Proceedings of the meeting of veterinary officers in India
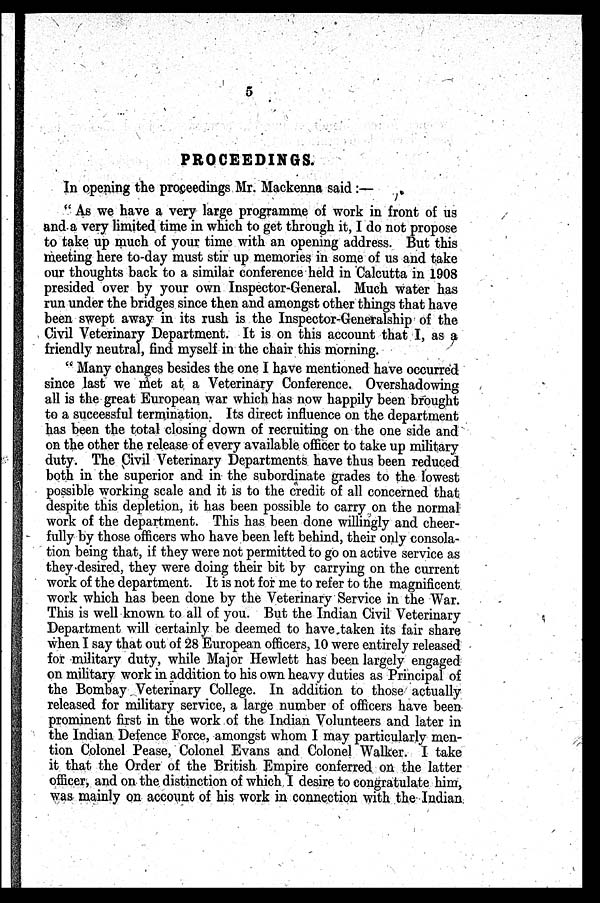
5
PROCEEDINGS.
In opening the proceedings Mr. Mackenna said :—
" As we have a very large programme of work in front of us
and a very limited time in which to get through it, I do not propose
to take up much of your time with an opening address. But this
meeting here to-day must stir up memories in some of us and take
our thoughts back to a similar conference held in Calcutta in 1908
presided over by your own Inspector-General. Much water has
run under the bridges since then and amongst other things that have
been swept away in its rush is the Inspector-Generalship of the
Civil Veterinary Department. It is on this account that I, as a
friendly neutral, find myself in the chair this morning.
" Many changes besides the one I have mentioned have occurred
since last we met at a Veterinary Conference. Overshadowing
all is the great European war which has now happily been brought
to a successful termination. Its direct influence on the department
has been the total closing down of recruiting on the one side and
on the other the release of every available officer to take up military
duty. The Civil Veterinary Departments have thus been reduced
both in the superior and in the subordinate grades to the lowest
possible working scale and it is to the credit of all concerned that
despite this depletion, it has been possible to carry on the normal
work of the department. This has been done willingly and cheer-
fully by those officers who have been left behind, their only consola-
tion being that, if they were not permitted to go on active service as
they desired, they were doing their bit by carrying on the current
work of the department. It is not for me to refer to the magnificent
work which has been done by the Veterinary Service in the War.
This is well known to all of you. But the Indian Civil Veterinary
Department will certainly be deemed to have taken its fair share
when I say that out of 28 European officers, 10 were entirely released
for military duty, while Major Hewlett has been largely engaged
on military work in addition to his own heavy duties as Principal of
the Bombay Veterinary College. In addition to those actually
released for military service, a large number of officers have been
prominent first in the work of the Indian Volunteers and later in
the Indian Defence Force, amongst whom I may particularly men-
tion Colonel Pease, Colonel Evans and Colonel Walker. I take
it that the Order of the British Empire conferred on the latter
officer, and on the distinction of which I desire to congratulate him,
was mainly on account of his work in connection with the Indian